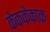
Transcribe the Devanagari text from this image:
केककेकाकः